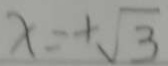
x = + \sqrt { 3 }